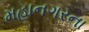
મહાનગરના